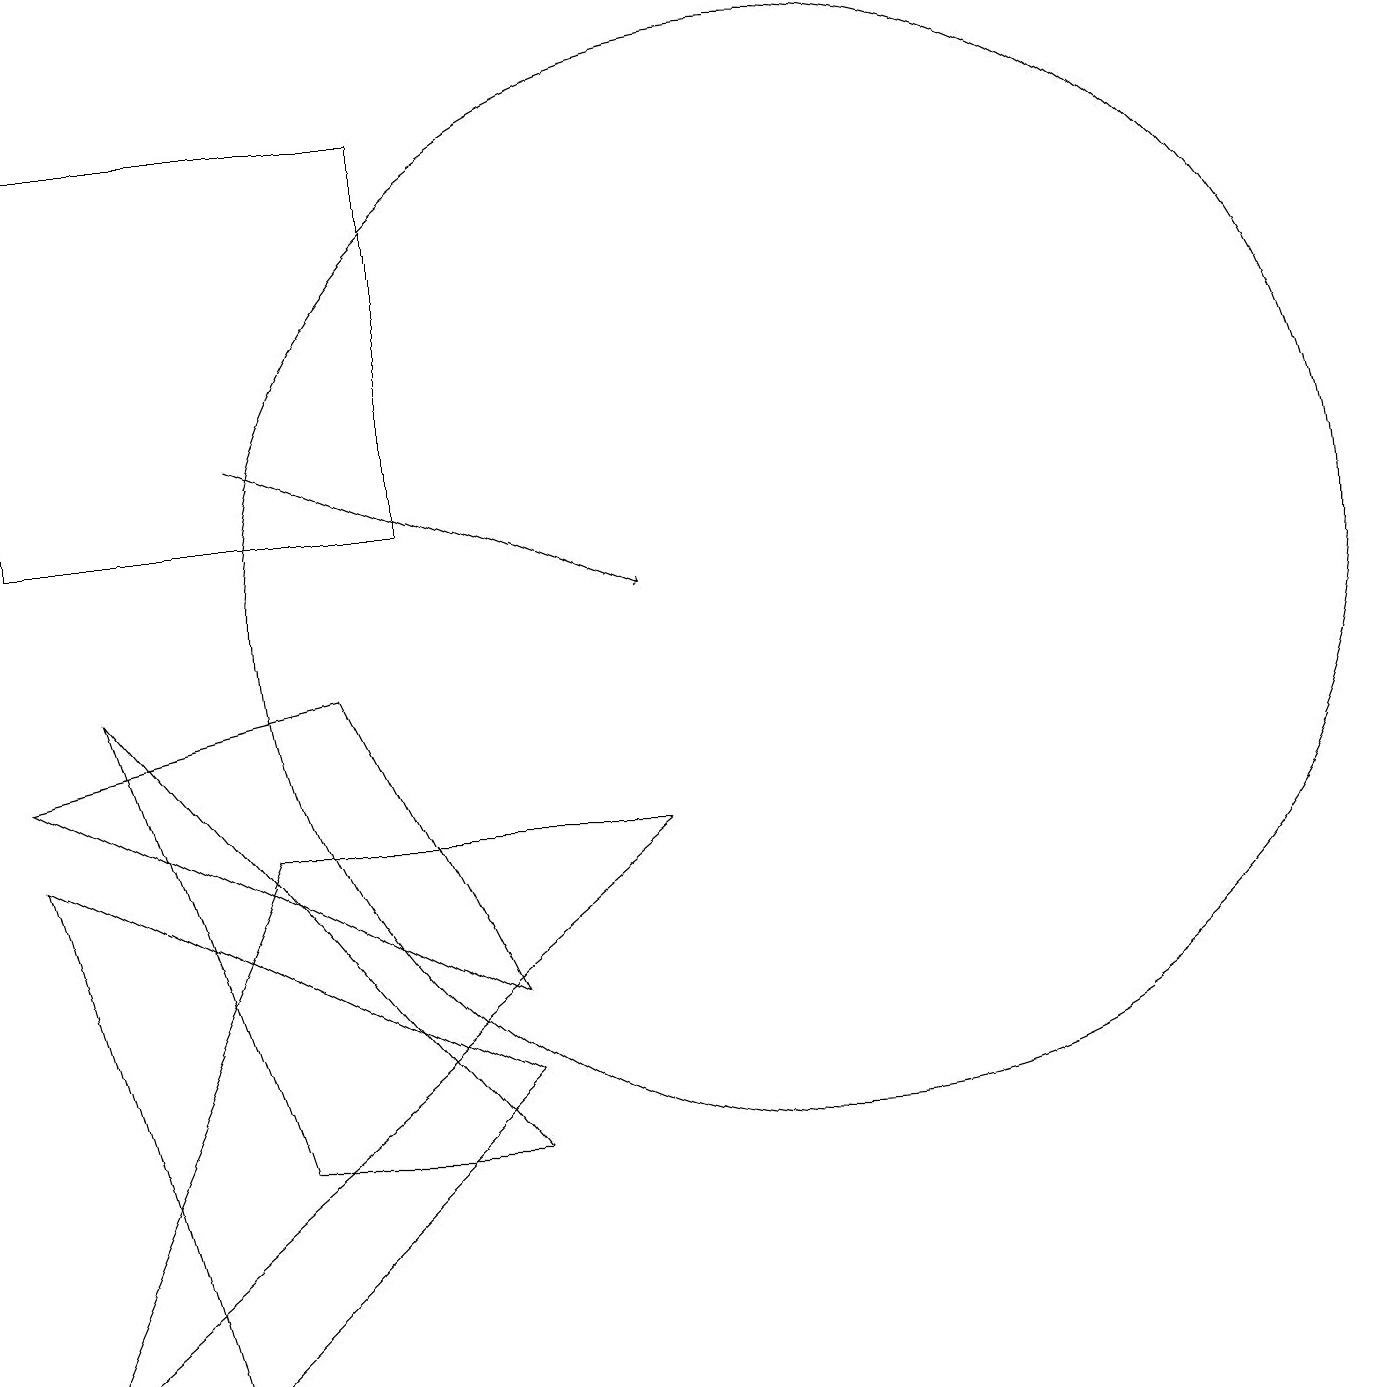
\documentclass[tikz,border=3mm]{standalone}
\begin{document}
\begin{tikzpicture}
\draw (6,4) -- (0,7) -- (2,0) -- cycle;
\draw (6,3) -- (1,9) -- (3,3) -- cycle;
\draw (3,7) -- (8,7) -- (0,0) -- cycle;
\draw (10,10) circle (7);
\draw[->] (3,12) -- (8,10);
\draw (0,16) rectangle (5,11);
\draw (4,9) -- (6,5) -- (0,8) -- cycle;
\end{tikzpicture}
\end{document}